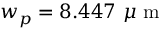
w _ { p } = 8 . 4 4 7 ~ \mu \mathrm { ~ m ~ }